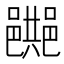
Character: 𨞔